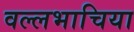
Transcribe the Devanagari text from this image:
वल्लभाचिया